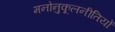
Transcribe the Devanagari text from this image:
मनोनुकूलनीतियों